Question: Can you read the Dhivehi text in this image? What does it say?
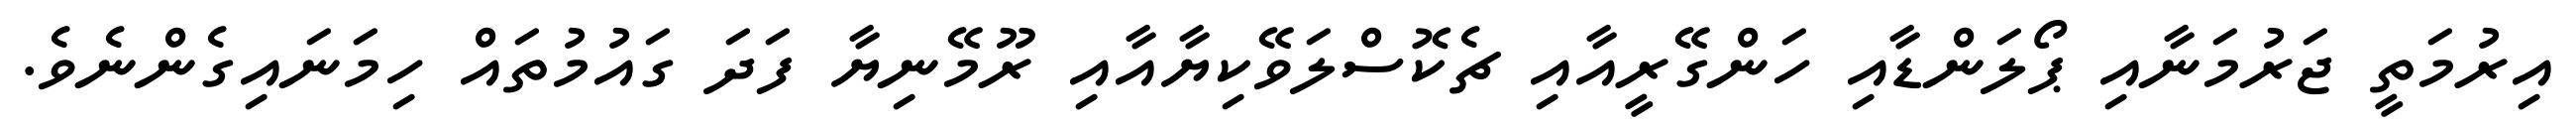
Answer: އިރުމަތީ ޖަރުމަނާއި ޕޯލަންޑާއި ހަންގޭރީއާއި ޗެކޮސްލަވޭކިޔާއާއި ރޫމޭނިޔާ ފަދަ ގައުމުތައް ހިމަނައިގެންނެވެ.